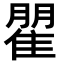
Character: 𮥾